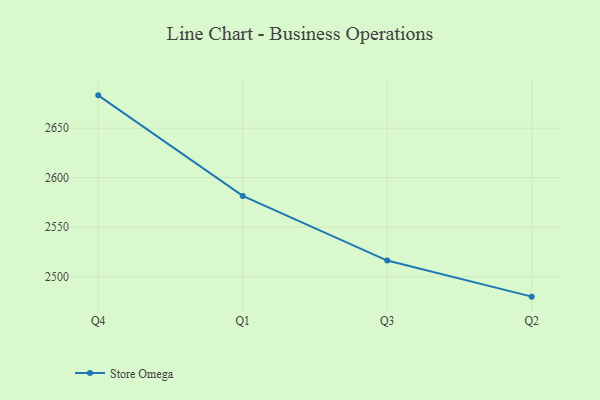
{"axis": {"x": "Quarter", "y": "Production Output"}, "legend": ["Store Omega"], "data": [{"x": "Q4", "y": 2683.1, "type": "Store Omega"}, {"x": "Q1", "y": 2581.6, "type": "Store Omega"}, {"x": "Q3", "y": 2516.3, "type": "Store Omega"}, {"x": "Q2", "y": 2479.9, "type": "Store Omega"}]}